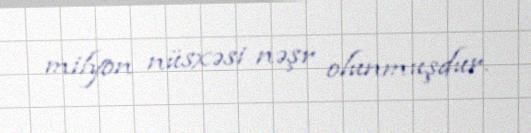
milyon nüsxəsi nəşr olunmuşdur.